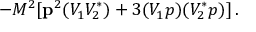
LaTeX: - M ^ { 2 } [ { \bf p } ^ { 2 } ( V _ { 1 } V _ { 2 } ^ { * } ) + 3 ( V _ { 1 } p ) ( V _ { 2 } ^ { * } p ) ] \, .